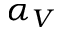
\alpha _ { V }